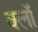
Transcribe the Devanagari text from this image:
क्लॉ